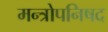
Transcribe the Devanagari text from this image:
मन्त्रोपनिषद